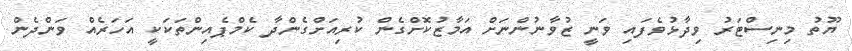
ޔޫތު މިނިސްޓަރު ވިދާޅުވެފައި ވަނީ ޒުވާނުންނަށް އަމާޒުކޮށްގެން ކުރިއަށްގެންދާ ކެމްޕެއިންތަކަކީ އަހަރެއް ވަންދެން